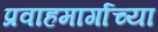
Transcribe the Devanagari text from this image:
प्रवाहमार्गाच्या